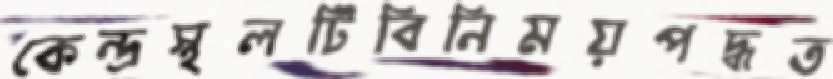
কেন্দ্রস্থলটিবিনিময়পদ্ধত